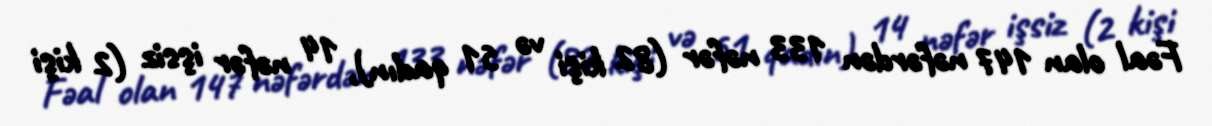
Fəal olan 147 nəfərdən 133 nəfər (82 kişi və 51 qadın), 14 nəfər işsiz (2 kişi